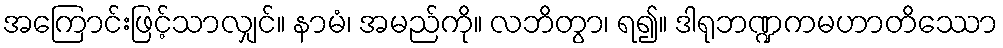
အကြောင်းဖြင့်သာလျှင်။ နာမံ၊ အမည်ကို။ လဘိတွာ၊ ရ၍။ ဒါရုဘဏ္ဍကမဟာတိဿော